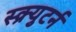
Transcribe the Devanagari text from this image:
स्क्र्युटर्न